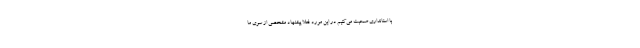
با استانداری صحبت می‌کنیم در این مورد فعلا پیشنهاد مشخصی از سوی ما